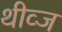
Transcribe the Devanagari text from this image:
थीव्ज